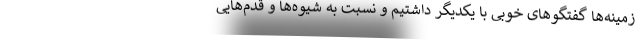
زمینه‌ها گفتگوهای خوبی با یکدیگر داشتیم و نسبت به شیوه‌ها و قدم‌هایی